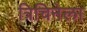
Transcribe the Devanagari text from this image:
त्रिचिनेला